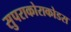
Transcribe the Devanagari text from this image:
सुपराकोराकोडस